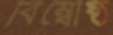
বিম্বৌষ্ঠ